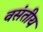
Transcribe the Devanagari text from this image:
वसंतीय